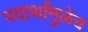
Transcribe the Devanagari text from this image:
पदार्थांमुळेच